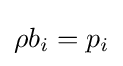
\rho b_{i}=p_{i}\,\!